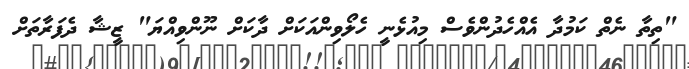
"ތިތާ ނެތް ކަމުދާ އެއްހެދުންވެސް މިއުޅެނީ ހެލޯވިންއަކަށް ދާކަށް ނޫންވިއްޔަ" ޒީޝާ ދެފަރާތަށް